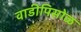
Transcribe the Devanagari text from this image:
वाडीपिसोळ